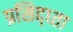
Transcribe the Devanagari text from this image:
प्रसिद्ध्ता